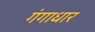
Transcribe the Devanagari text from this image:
गंगाधार